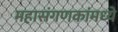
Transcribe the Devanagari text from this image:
महासंगणकांमध्ये